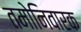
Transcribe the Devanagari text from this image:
तमोनिवारक